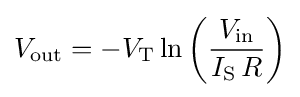
V_{\text{out}}=-V_{\text{T}}\ln \left({\frac {V_{\text{in}}}{I_{\text{S}}\,R}}\right)